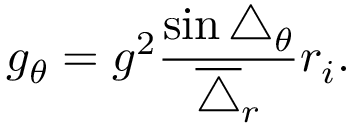
g _ { \theta } = g ^ { 2 } \frac { \sin \triangle _ { \theta } } { \overline { { \triangle } } _ { r } } r _ { i } .